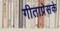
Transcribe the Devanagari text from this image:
गीताप्रेसके